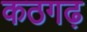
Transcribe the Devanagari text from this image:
कठगढ़